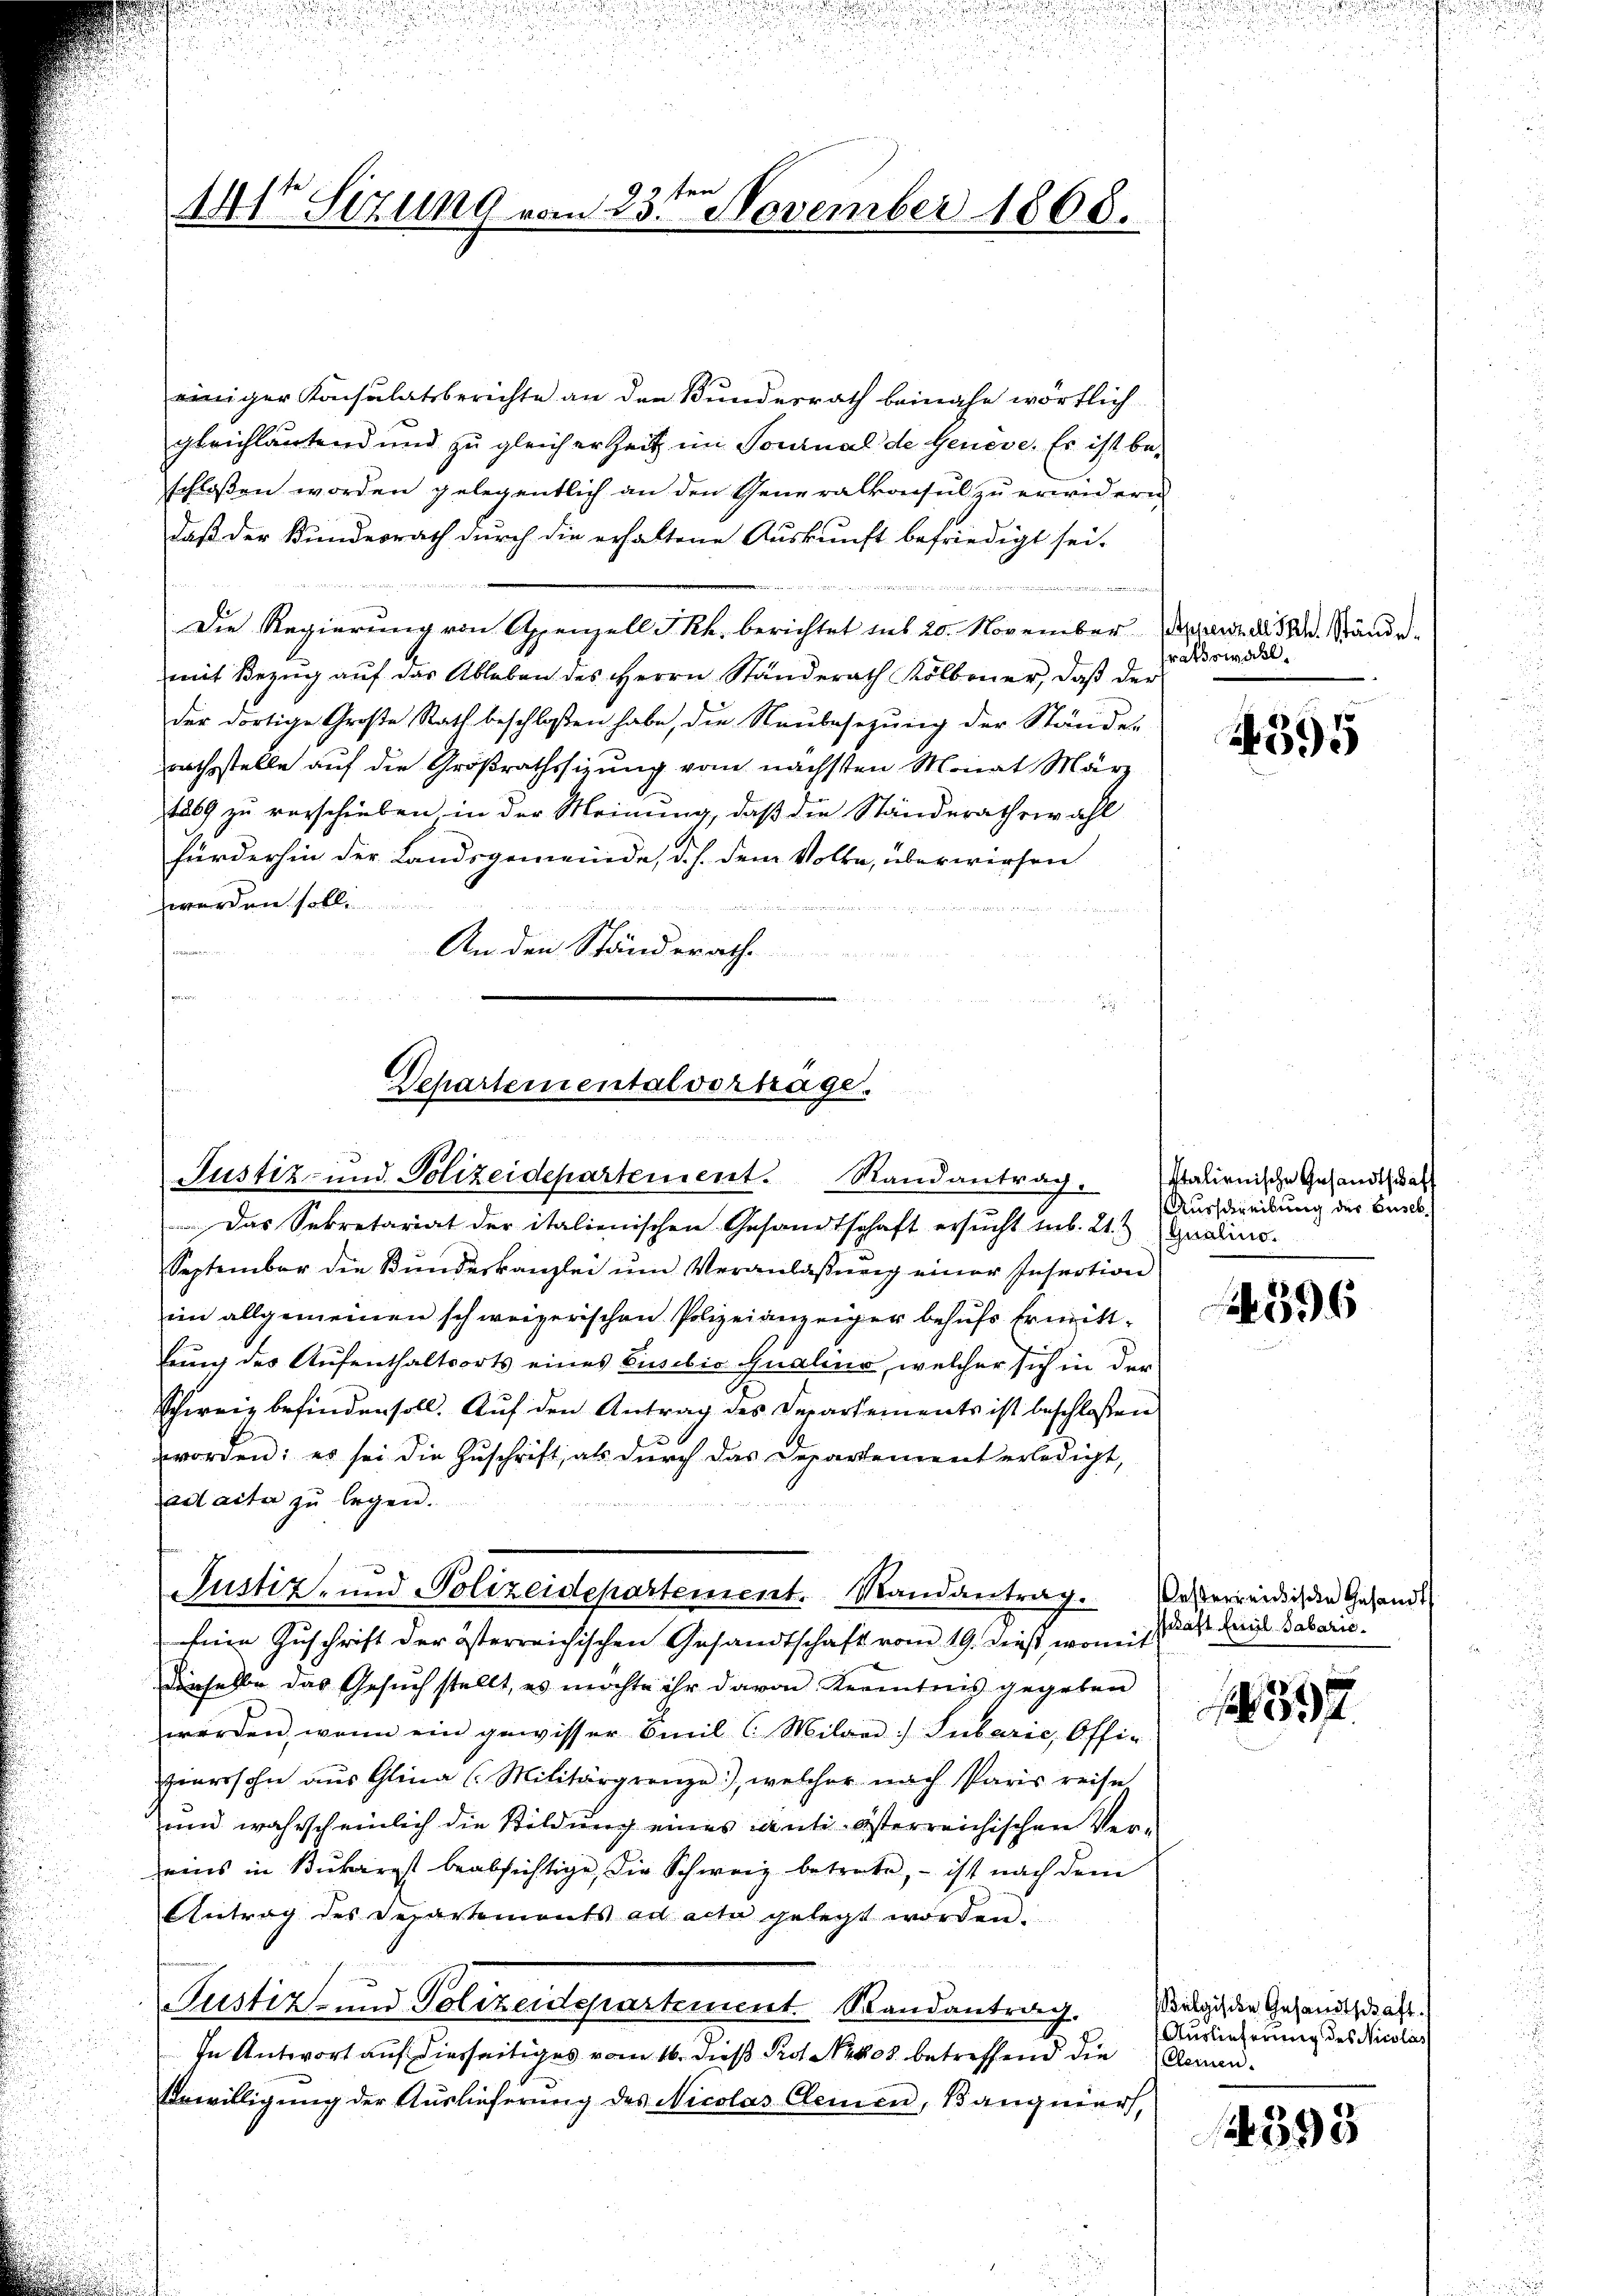
441 Sizung vom 23ten November 1868.

Justiz- und Polizeidepartement. Randantrag. Italienische Gesandtschaf
Das Sekretariat der italienischen Gesandtschaft ersŭcht sub. 21. Qualins.
September die Bŭndeskanzlei ŭm Veranlassŭng einer Insection
im allgemeinen schweizerischen Polizeianzeiger behufs Ermittbung des Aufenthaltsorts eines Susilio Qualine, welcher sich in der
Schweiz befinden soll. Auf den Antrag des Departements ist beschloßen
worden; es sei die Zuschrift, als durch das Departement erledigt,
ad acter zu legen.
Eine Zuschrift der österreichischen Gesandtschaft vom 19. dieß, womit
dieselbe das Gesuch stellt, es möchte ihr davon Kenntnis gegeben
werden, wenn ein gewisser Emil l Milder Subarić, Offi-
iversohn aus Glina (Militärgrenze), welcher nach Paris reise
und wahrscheinlich die Bildung eines canti- österreichischen Vereins in Bukargst beabsichtige, die Schweiz betrete, – ist nach dem
Antrag des Departements ad acta gelegt worden.
Justiz und Polizeidepartement Randantrag.
In Antwort auf hierseitiges vom 16. daß Prot. 408 betreffend die Armen¬
Erwilligung der Auslieferung des Nicolas Clemen, Banquiers,

einiger Konsulatsberichte an den Bundesrath beinahe wörtlich
gleichlautend und zu gleicher Zeit im Tournal de Geneve. Es ist beschloßen worden gelegentlich an den Generalkonsul zu erwidern
daß der Kundesrath durch die erhaltene Auskunft befriedigt sei.
erin aber ein wissen in der wegen eine ein einen weiten, den in eint einden und eine eine de aus eine er f
Die Regierŭng von Appenzell I.Rh. berichtet sub 20. November wie dh. Stände
mit Bezug auf das Ableben des Herrn Ständerath Kolbener, daß der
der dortige Große Rath beschloßen habe, die Neubesezung der Ständer
rathsstelle auf die Großrathssizung vom nächsten Monat März
1869 zu verschieben in der Meinung, daß die Ständerathswahl
fürderhin der Landsgemeinde, d. h. dem Volke, überwiesen
werden soll.
n
An den Ständerathe

Departemental vorträge.

Justiz- und Polizeidepartement. Randantrag.

ratswahl.

4395

Ausschreibung des Guseb

596

esterreichische Gesandt
schaft Emil Sabaris.

397

elgische Gesandtschaft.
Auslieferung des Nicolas

393